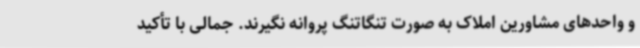
و واحدهای مشاورین املاک به صورت تنگاتنگ پروانه نگیرند. جمالی با تأکید